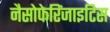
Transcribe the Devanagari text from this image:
नैसोफेरिंजाइटिस